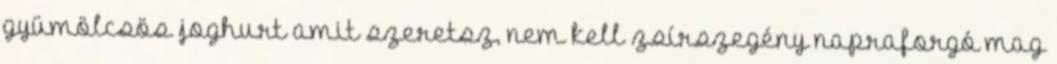
gyümölcsös joghurt amit szeretsz, nem kell zsírszegény napraforgó mag